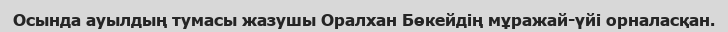
Осында ауылдың тумасы жазушы Оралхан Бөкейдің мұражай-үйі орналасқан.